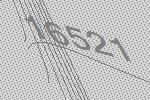
16521